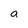
Character: a